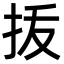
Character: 㧞